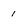
Character: 1